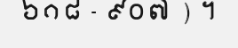
៦១៨ - ៩០៧ ) ។